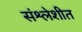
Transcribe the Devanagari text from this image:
संश्लेशीत